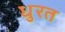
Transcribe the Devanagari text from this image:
धुरत